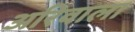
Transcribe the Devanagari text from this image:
अरिवाला